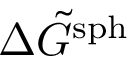
\Delta \Tilde { G } ^ { \mathrm { s p h } }